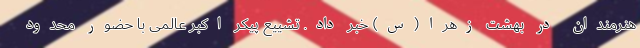
هنرمندان در بهشت زهرا(س) خبر داد. تشییع پیکر اکبر عالمی با حضور محدود